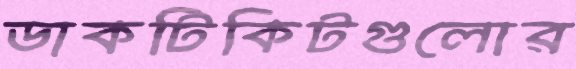
ডাকটিকিটগুলোর